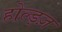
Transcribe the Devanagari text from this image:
होल्ड्ज़